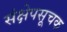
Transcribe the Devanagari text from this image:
संक्षेपसूचक